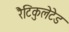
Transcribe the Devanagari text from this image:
रैटिकुलेटेड